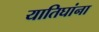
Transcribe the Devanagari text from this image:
यातिघांना